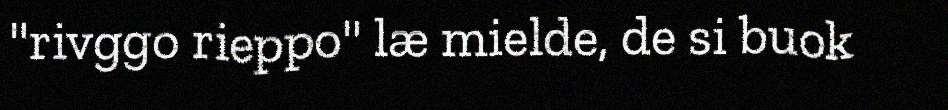
"rivggo rieppo" læ mielde, de si buok